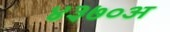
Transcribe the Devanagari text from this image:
४३७०अ